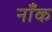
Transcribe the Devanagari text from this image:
नाँक